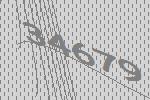
34679